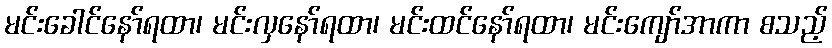
မင်းခေါင်နော်ရထာ၊ မင်းလှနော်ရထာ၊ မင်းထင်နော်ရထာ၊ မင်းကျော်အာကာ စသည့်